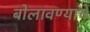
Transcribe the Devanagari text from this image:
बोलावण्याचे